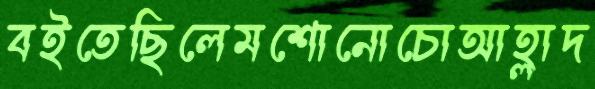
বইতেছিলেমশোনোচোআহ্লাদ